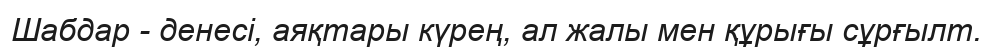
Шабдар - денесі, аяқтары күрең, ал жалы мен құрығы сұрғылт.